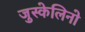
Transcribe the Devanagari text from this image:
जुस्केलिनो